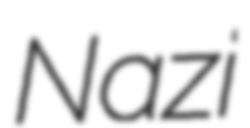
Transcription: Nazi